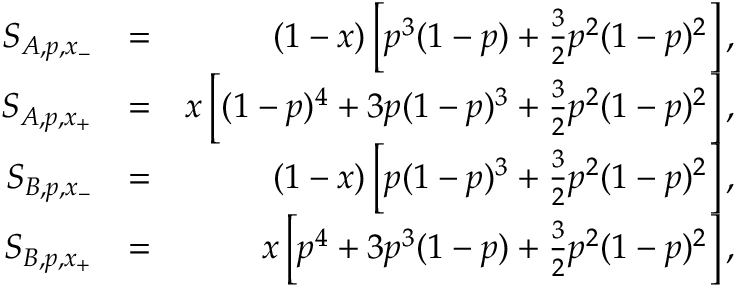
\begin{array} { r l r } { S _ { A , p , x _ { - } } } & { = } & { ( 1 - x ) \left[ p ^ { 3 } ( 1 - p ) + \frac { 3 } { 2 } p ^ { 2 } ( 1 - p ) ^ { 2 } \right] , } \\ { S _ { A , p , x _ { + } } } & { = } & { x \left[ ( 1 - p ) ^ { 4 } + 3 p ( 1 - p ) ^ { 3 } + \frac { 3 } { 2 } p ^ { 2 } ( 1 - p ) ^ { 2 } \right] , } \\ { S _ { B , p , x _ { - } } } & { = } & { ( 1 - x ) \left[ p ( 1 - p ) ^ { 3 } + \frac { 3 } { 2 } p ^ { 2 } ( 1 - p ) ^ { 2 } \right] , } \\ { S _ { B , p , x _ { + } } } & { = } & { x \left[ p ^ { 4 } + 3 p ^ { 3 } ( 1 - p ) + \frac { 3 } { 2 } p ^ { 2 } ( 1 - p ) ^ { 2 } \right] , } \end{array}